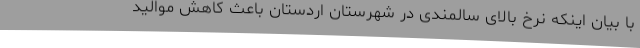
با بیان اینکه نرخ بالای سالمندی در شهرستان اردستان باعث کاهش موالید